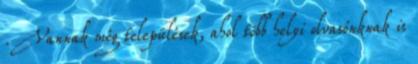
. Vannak még települések, ahol több helyi olvasónknak is